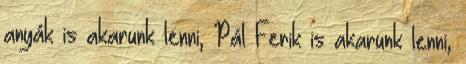
anyák is akarunk lenni, Pál Ferik is akarunk lenni,